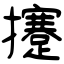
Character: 攓